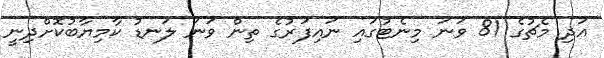
އަދި މެޗުގެ 81 ވަނަ މިނެޓުގައި ނައިފަރުގެ ތިން ވަނަ ލަނޑު ކާމިޔާބުކޮށްދިނީ